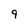
Character: 9